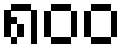
၈၀၀